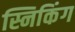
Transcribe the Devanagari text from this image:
स्निकिंग